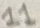
Text: 11